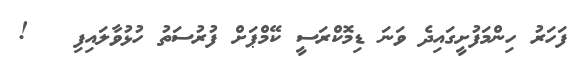
ފަހަރު ހިންމަފުށީގައިދެ ވަނަ ޑިމޮކްރަސީ ކޭމްޕަށް ފުރުސަތު ހުޅުވާލައިފި   !